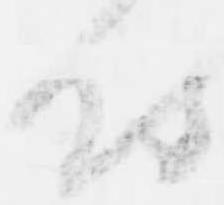
付